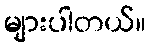
များပါတယ်။